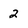
Character: 2